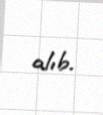
alıb.